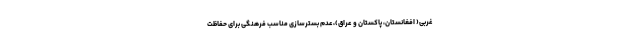
غربی( افغانستان، پاکستان و عراق)،عدم بسترسازی مناسب فرهنگی برای حفاظت